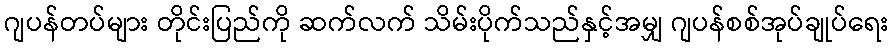
ဂျပန်တပ်များ တိုင်းပြည်ကို ဆက်လက် သိမ်းပိုက်သည်နှင့်အမျှ ဂျပန်စစ်အုပ်ချုပ်ရေး